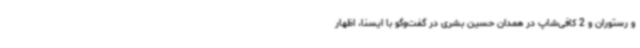
و رستوران و 2 کافی‌شاپ در همدان حسین بشری در گفت‌وگو با ایسنا، اظهار